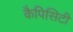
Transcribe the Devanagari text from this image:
कैपिसिटी